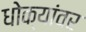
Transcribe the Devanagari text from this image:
धोक्यांवर